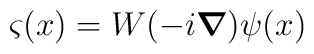
\varsigma (x) = W(-i \mbox{\boldmath $\nabla$} ) \psi (x)